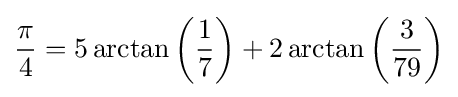
{\pi  \over 4}=5\arctan \left({1 \over 7}\right)+2\arctan \left({3 \over 79}\right)